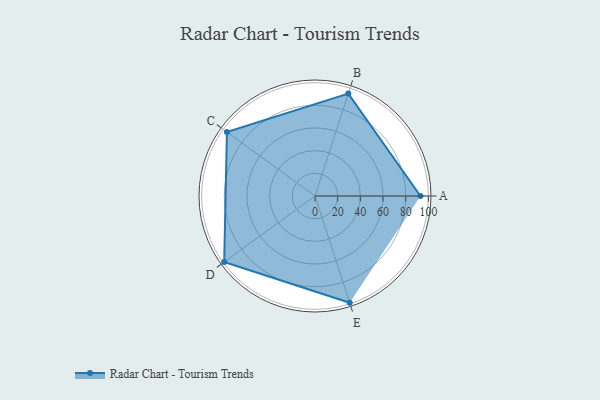
{"axis": {"x": "Skill", "y": "Score"}, "legend": ["Profile"], "data": [{"x": "A", "y": 93.0, "type": "Profile"}, {"x": "B", "y": 95.0, "type": "Profile"}, {"x": "C", "y": 96.0, "type": "Profile"}, {"x": "D", "y": 99, "type": "Profile"}, {"x": "E", "y": 99, "type": "Profile"}]}